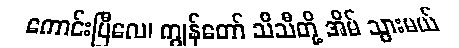
ကောင်းပြီလေ၊ ကျွန်တော် သီသီတို့ အိမ် သွားမယ်